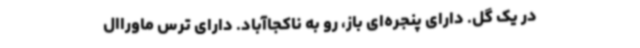
در یک گل. دارای پنجره‌ای باز، رو به ناکجاآباد. دارای ترس ماورا‌ال